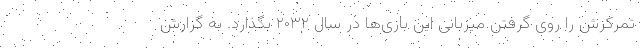
تمرکزش را روی گرفتن میزبانی این بازی‌ها در سال ۲۰۳۲ بگذارد. به گزارش